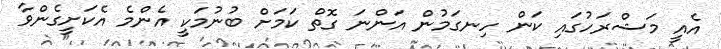
އެއީ މަޝްރަހުގައި ކަން ހިނގަމުން އަންނަ ގޮތް ކަމަށް ބުނުމަކީ އެންމެ އެކަށީގެންވާ